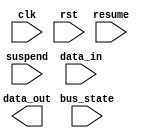
module usb_controller (
    input wire clk,
    input wire rst,
    input wire suspend,
    input wire resume,
    input wire [1:0] bus_state,
    input wire [7:0] data_in,
    output wire [7:0] data_out
);

// Timing and synchronization control block
// Insert your code here

endmodule